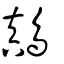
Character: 鷏